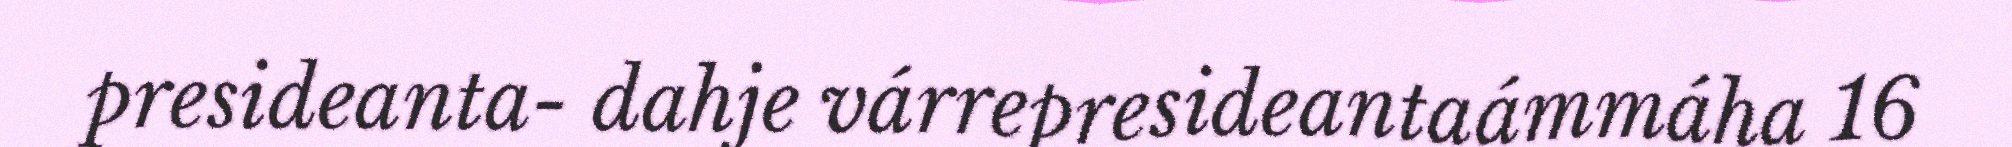
presideanta- dahje várrepresideantaámmáha 16